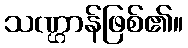
သဏ္ဌာန်ဖြစ်၏။